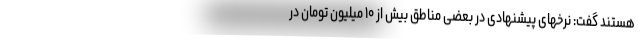
هستند گفت: نرخهای پیشنهادی در بعضی مناطق بیش از ۱۰ میلیون تومان در